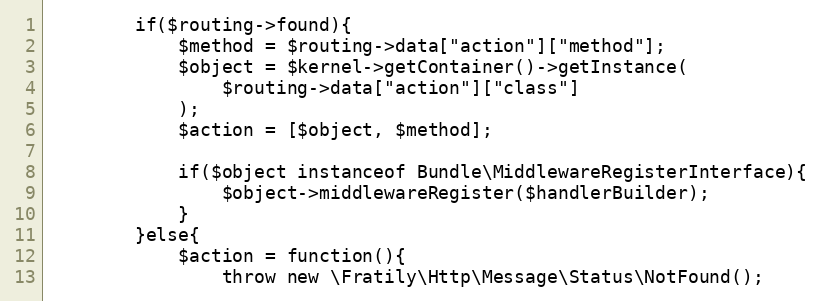
Language: PHP
        if($routing->found){
            $method = $routing->data["action"]["method"];
            $object = $kernel->getContainer()->getInstance(
                $routing->data["action"]["class"]
            );
            $action = [$object, $method];

            if($object instanceof Bundle\MiddlewareRegisterInterface){
                $object->middlewareRegister($handlerBuilder);
            }
        }else{
            $action = function(){
                throw new \Fratily\Http\Message\Status\NotFound();